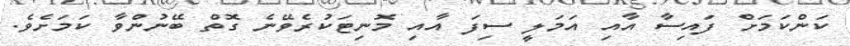
ކަންކަމަށް ފައިސާ އާއި އަމަލީ ސިފަ އާއި މޮނިޓަކުރެވޭނެ ގޮތް ބޭނުންވާ ކަމަށެވެ.